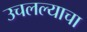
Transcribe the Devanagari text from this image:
उचलल्याचा